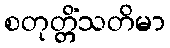
စတုတ္တိံသတိမာ